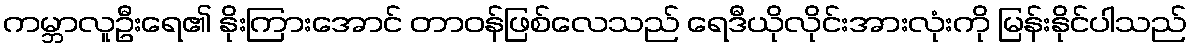
ကမ္ဘာလူဦးရေ၏ နိုးကြားအောင် တာဝန်ဖြစ်လေသည် ရေဒီယိုလိုင်းအားလုံးကို မြန်းနိုင်ပါသည်